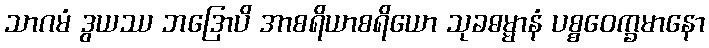
သာဂမံ ဒွယဿ ဘဒြောပိ အာစရိယာစရိယော သုခဓမ္မာနံ ပစ္စဝေက္ခမာနော